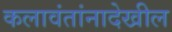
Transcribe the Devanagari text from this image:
कलावंतांनादेखील